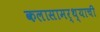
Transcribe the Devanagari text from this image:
कलासामर्थ्याची